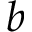
b